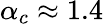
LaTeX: \alpha_{c}\approx 1.4